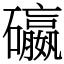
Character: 䃷